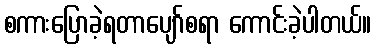
စကားပြောခဲ့ရတာပျော်စရာ ကောင်းခဲ့ပါတယ်။